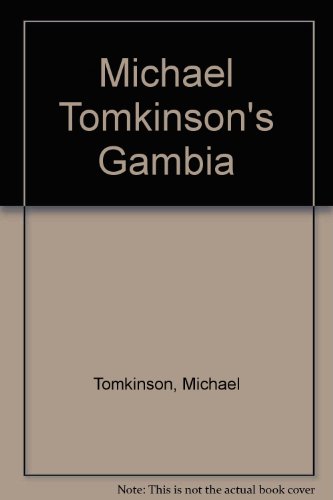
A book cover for Gambia; Michael Tomkinson; Travel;